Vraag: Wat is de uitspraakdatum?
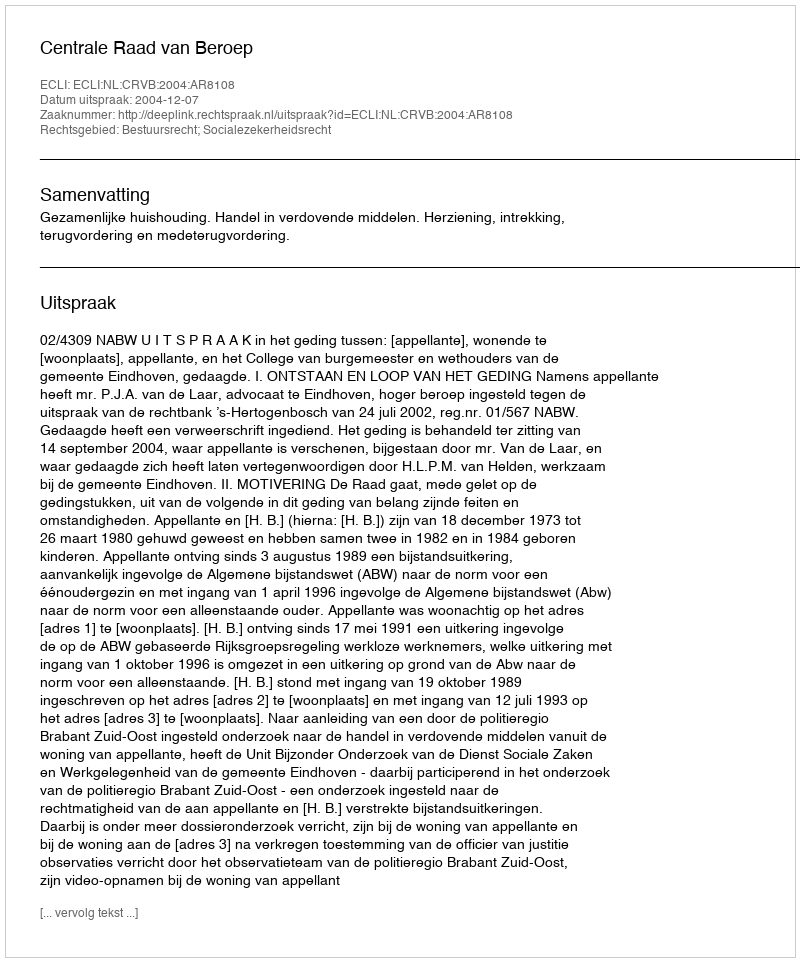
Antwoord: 2004-12-07